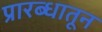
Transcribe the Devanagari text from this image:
प्रारब्धातून